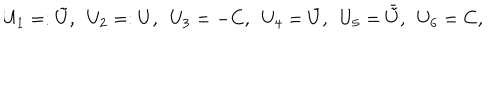
LaTeX: U _ { 1 } = : { \tilde { U } } , \ \ U _ { 2 } = : U , \ \ U _ { 3 } = - C , \ \ U _ { 4 } = { \bar { U } } , \ \ U _ { 5 } = { \bar { \tilde { U } } } , \ \ U _ { 6 } = C ,